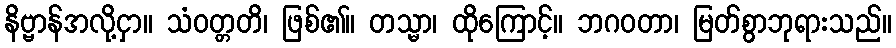
နိဗ္ဗာန်အလို့ငှာ။ သံဝတ္တတိ၊ ဖြစ်၏။ တသ္မာ၊ ထိုကြောင့်။ ဘဂဝတာ၊ မြတ်စွာဘုရားသည်။